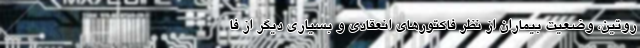
روتین، وضعیت بیماران از نظر فاکتورهای انعقادی و بسیاری دیگر از فا